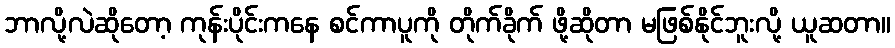
ဘာလို့လဲဆိုတော့ ကုန်းပိုင်းကနေ စင်ကာပူကို တိုက်ခိုက် ဖို့ဆိုတာ မဖြစ်နိုင်ဘူးလို့ ယူဆတာ။